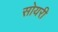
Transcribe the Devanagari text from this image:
सोयरी